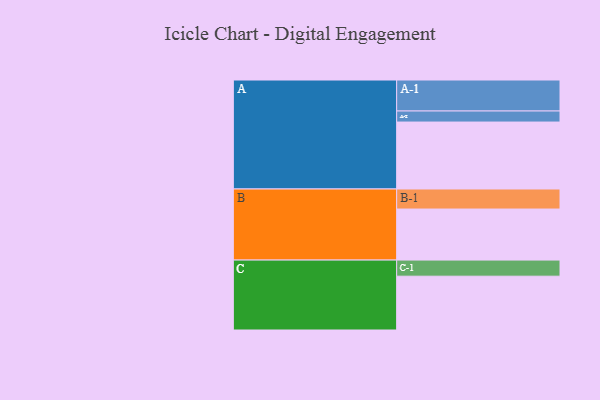
{"axis": {"x": "Segment", "y": "Value"}, "legend": ["", "A", "B", "C"], "data": [{"x": "A", "y": 581, "type": ""}, {"x": "B", "y": 443, "type": ""}, {"x": "C", "y": 467, "type": ""}, {"x": "A-1", "y": 269, "type": "A"}, {"x": "A-2", "y": 96, "type": "A"}, {"x": "B-1", "y": 174, "type": "B"}, {"x": "C-1", "y": 140, "type": "C"}]}